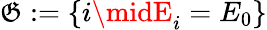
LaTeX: \mathfrak{G}:=\{ i\midE_{i}=E_{0}\}